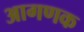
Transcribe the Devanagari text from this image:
आगणक